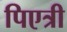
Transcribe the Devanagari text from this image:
पिएत्री